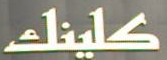
كلينك